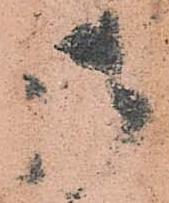
御